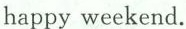
happy weekend.